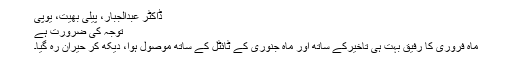
ڈاکٹر عبدالجبار، پیلی بھیت، یوپی
توجہ کی ضرورت ہے
ماہ فروری کا رفیق بہت ہی تاخیرکے ساتھ اور ماہ جنوری کے ٹائٹل کے ساتھ موصول ہوا، دیکھ کر حیران رہ گیا۔